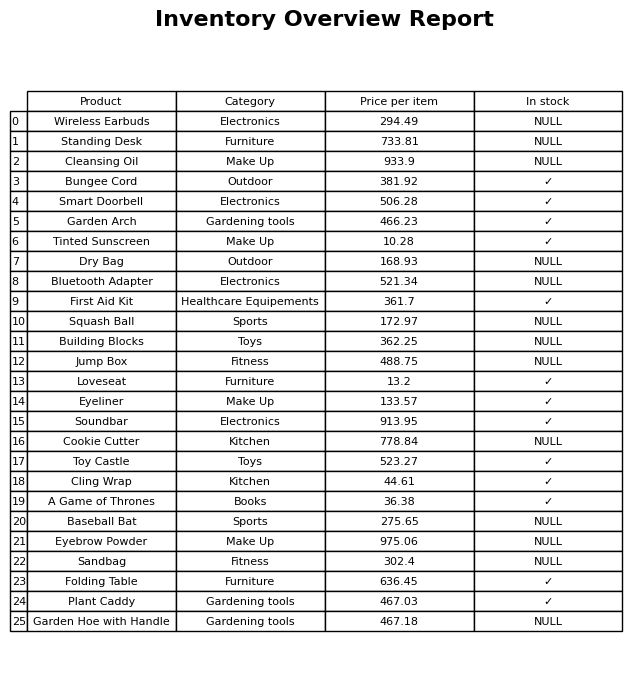
question: What is the price for Garden Arch?
answer: The price of Garden Arch is 466.23.